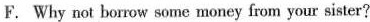
F. Why not borrow some money from your sister?